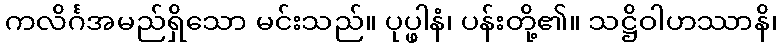
ကလိင်္ဂအမည်ရှိသော မင်းသည်။ ပုပ္ဖါနံ၊ ပန်းတို့၏။ သဋ္ဌိဝါဟဿာနိ၊